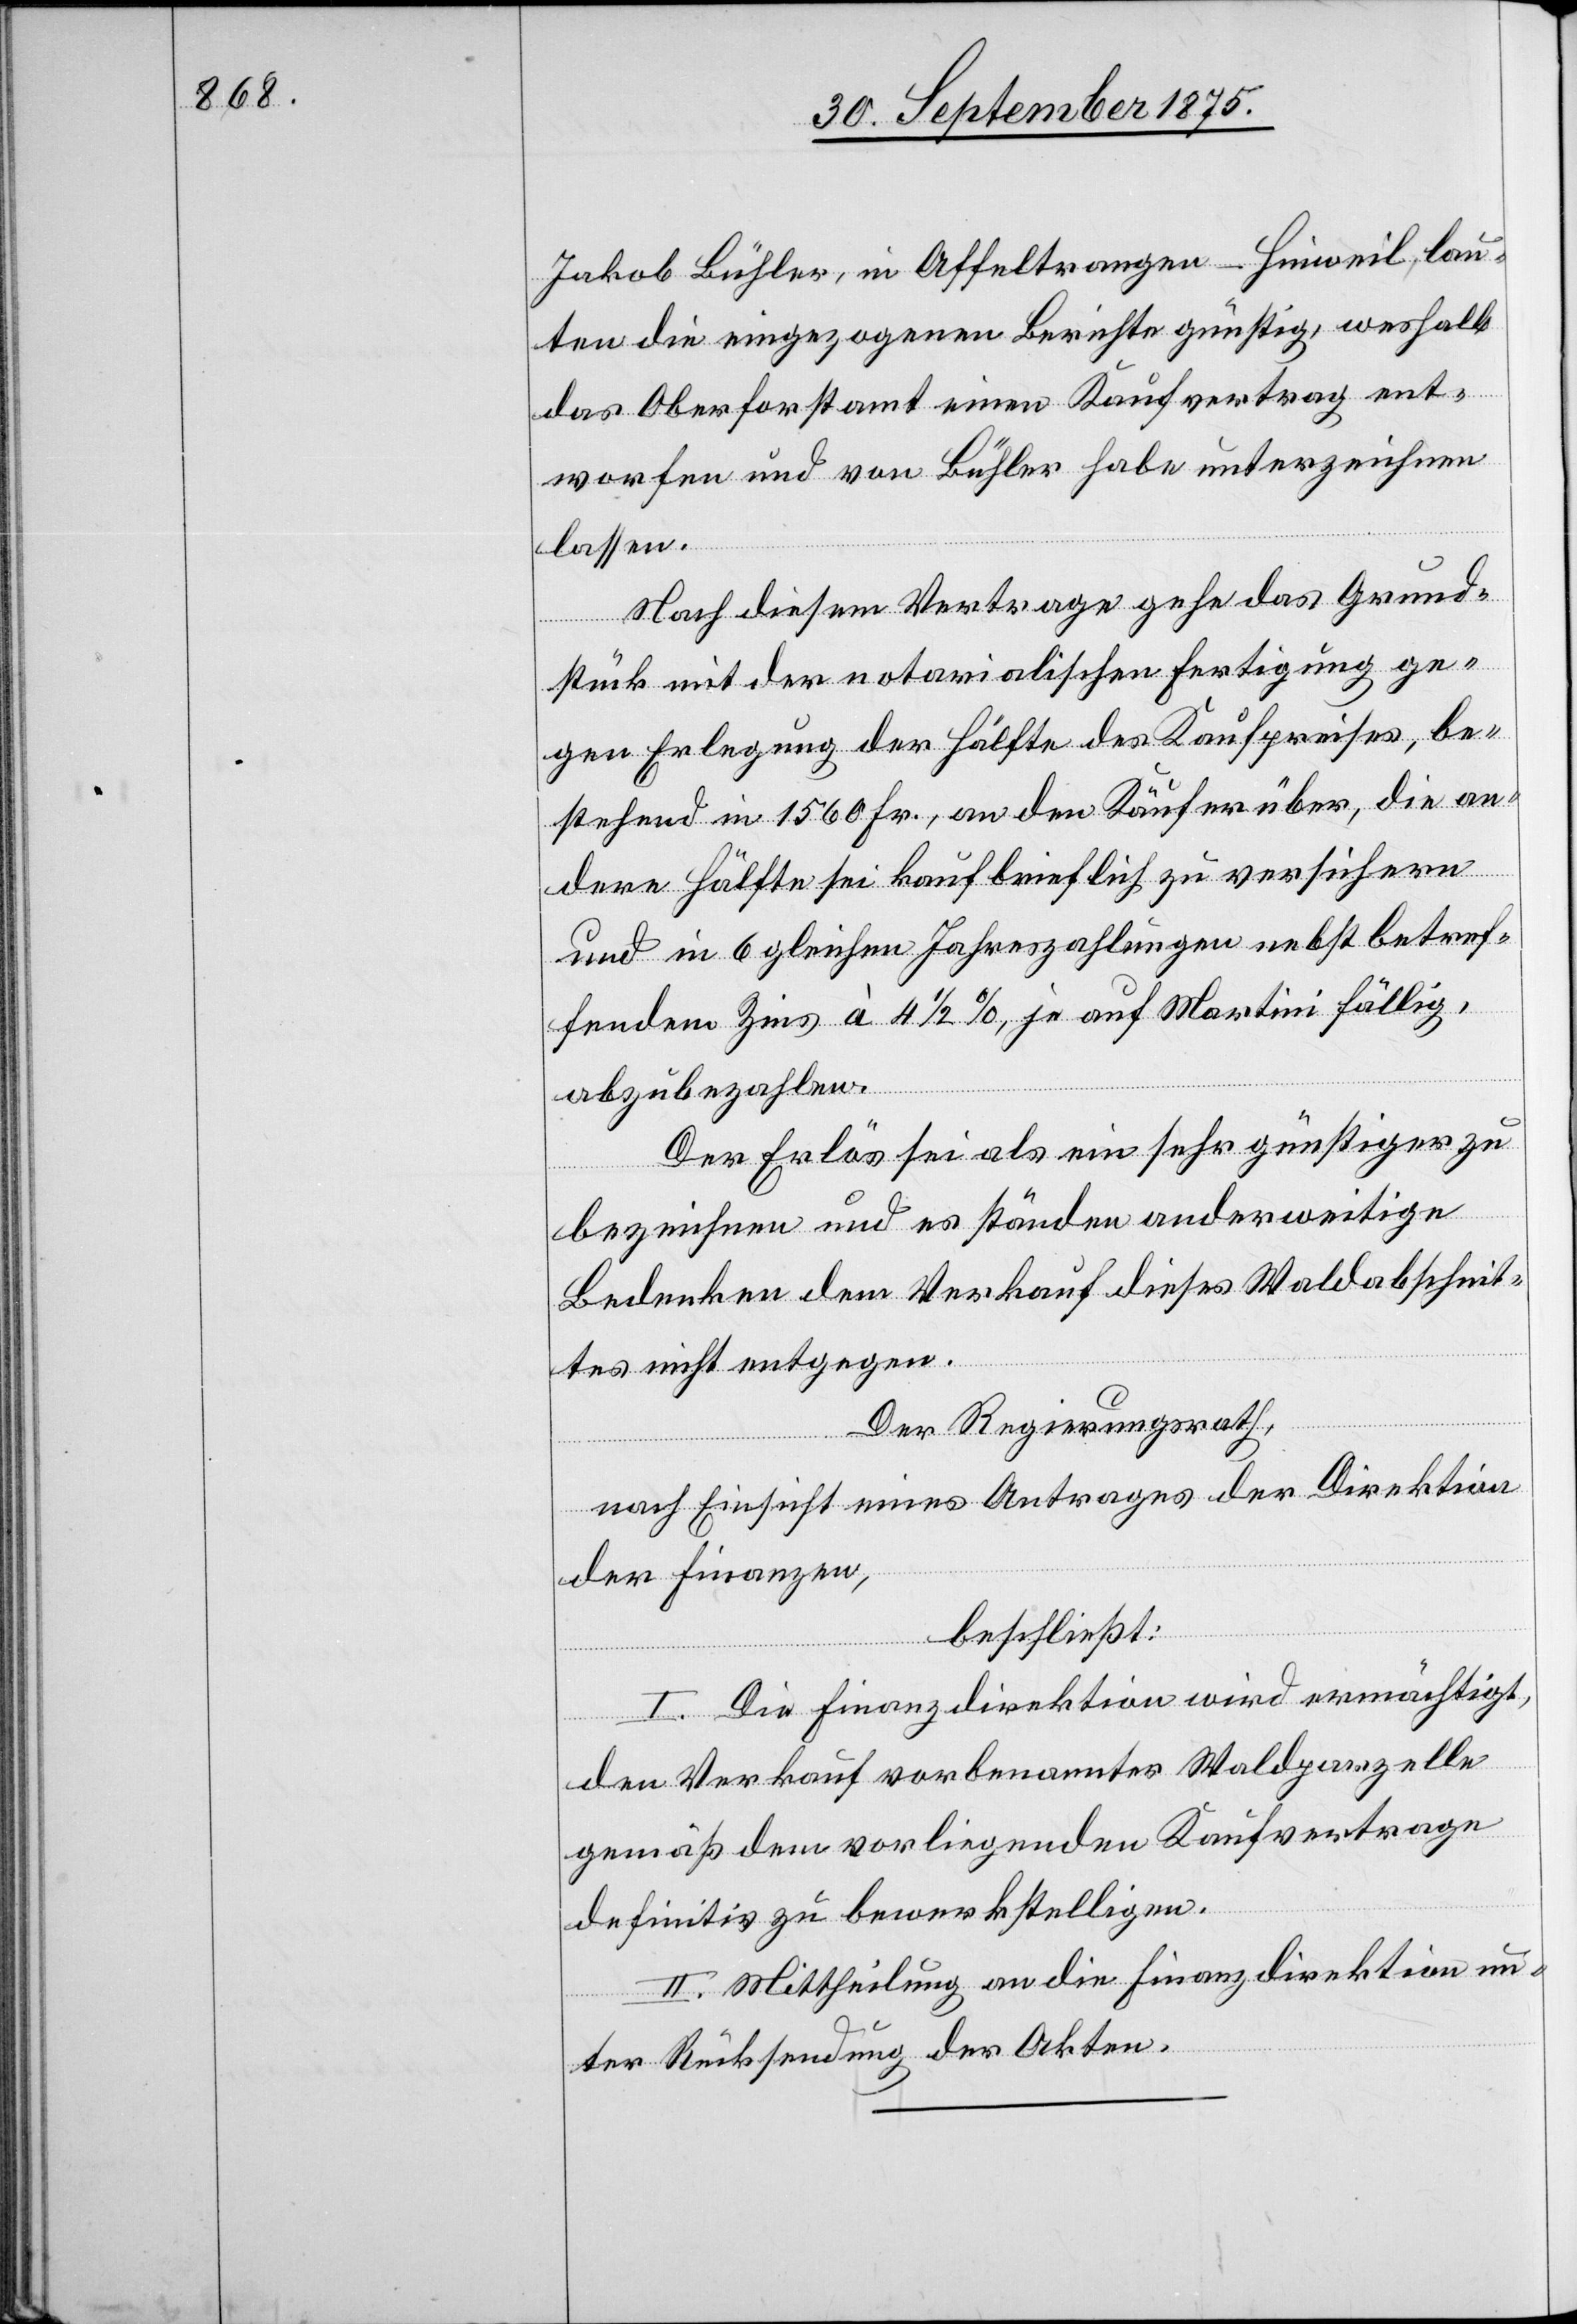
Jakob Bühler, in Affeltrangen - Hinweil, lau¬
ten die eingezogenen Berichte günstig, weshalb
das Oberforstamt einen Kaufvertrag ent¬
worfen und von Bühler habe unterzeichnen
lassen.
Nach diesem Vertrage gehe das Grund¬
stück mit der notarialischen Fertigung ge¬
gen Erlegung der Hälfte des Kaufpreises, be¬
stehend in 1560 Fr., an den Käufer über, die an¬
dere Hälfte sei kaufbrieflich zu versichern
und in 6 gleichen Jahreszahlungen nebst betref¬
fendem Zins à 4 1/2%, je auf Martini fällig,
abzubezahlen.
Der Erlös sei als ein sehr günstiger zu
bezeichnen und es ständen anderweitige
Bedenken dem Verkauf dieses Waldabschnit¬
tes nicht entgegen.
Der Regierungsrath,
nach Einsicht eines Antrages der Direktion
der Finanzen,
beschließt:
I. Die Finanzdirektion wird ermächtigt,
den Verkauf vorbenannter Waldparzelle
gemäß dem vorliegenden Kaufvertrage
definitiv zu bewerkstelligen.
II. Mittheilung an die Finanzdirektion un¬
ter Rücksendung der Akten.